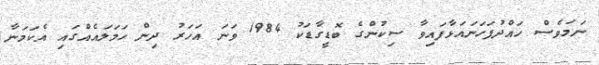
ނަމަވެސް ހައްދުފަހަނައަޅާފައިވާ ސިކުންގެ ބޮޑީގާޑަކު 1984 ވަނަ އަހަރު ދިން ހަމަލައެއްގައި އެކަމަނާ